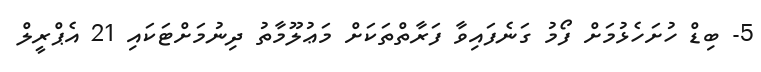
5- ބިޑް ހުށަހެޅުމަށް ފޯމު ގަނެފައިވާ ފަރާތްތަކަށް މަޢުލޫމާތު ދިނުމަށްޓަކައި 21 އެޕްރީލް